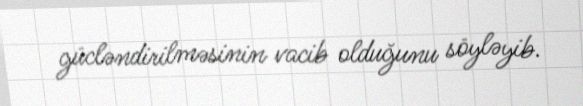
gücləndirilməsinin vacib olduğunu söyləyib.